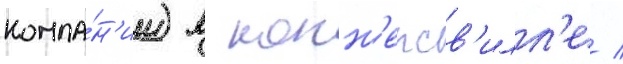
компа́н'ии) в конн'ерсв'илл'е /